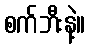
စက်ဘီးနဲ့။